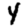
Digit: 4